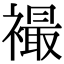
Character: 襊